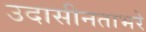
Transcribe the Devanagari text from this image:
उदासीनताभरे